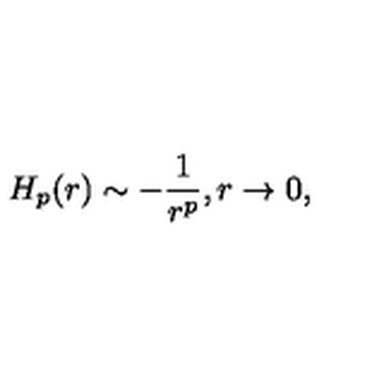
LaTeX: H _ { p } ( r ) \sim - \frac { 1 } { r ^ { p } } , r \rightarrow 0 ,